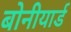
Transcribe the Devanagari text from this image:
बोनीयार्ड